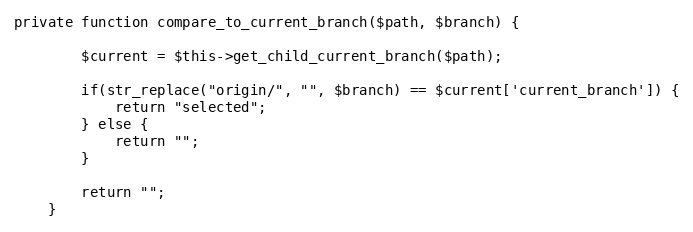
Language: PHP
private function compare_to_current_branch($path, $branch) {

		$current = $this->get_child_current_branch($path);

		if(str_replace("origin/", "", $branch) == $current['current_branch']) {
			return "selected";
		} else {
			return "";
		}

		return "";
	}